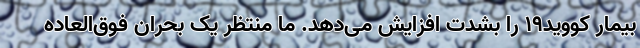
بیمار کووید۱۹ را بشدت افزایش می‌دهد. ما منتظر یک بحران فوق‌العاده